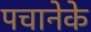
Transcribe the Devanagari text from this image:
पचानेके